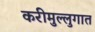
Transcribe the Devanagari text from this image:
करीमुल्लुगात